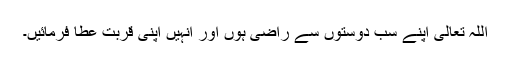
اللہ تعالیٰ اپنے سب دوستوں سے راضی ہوں اور انہیں اپنی قربت عطا فرمائیں۔